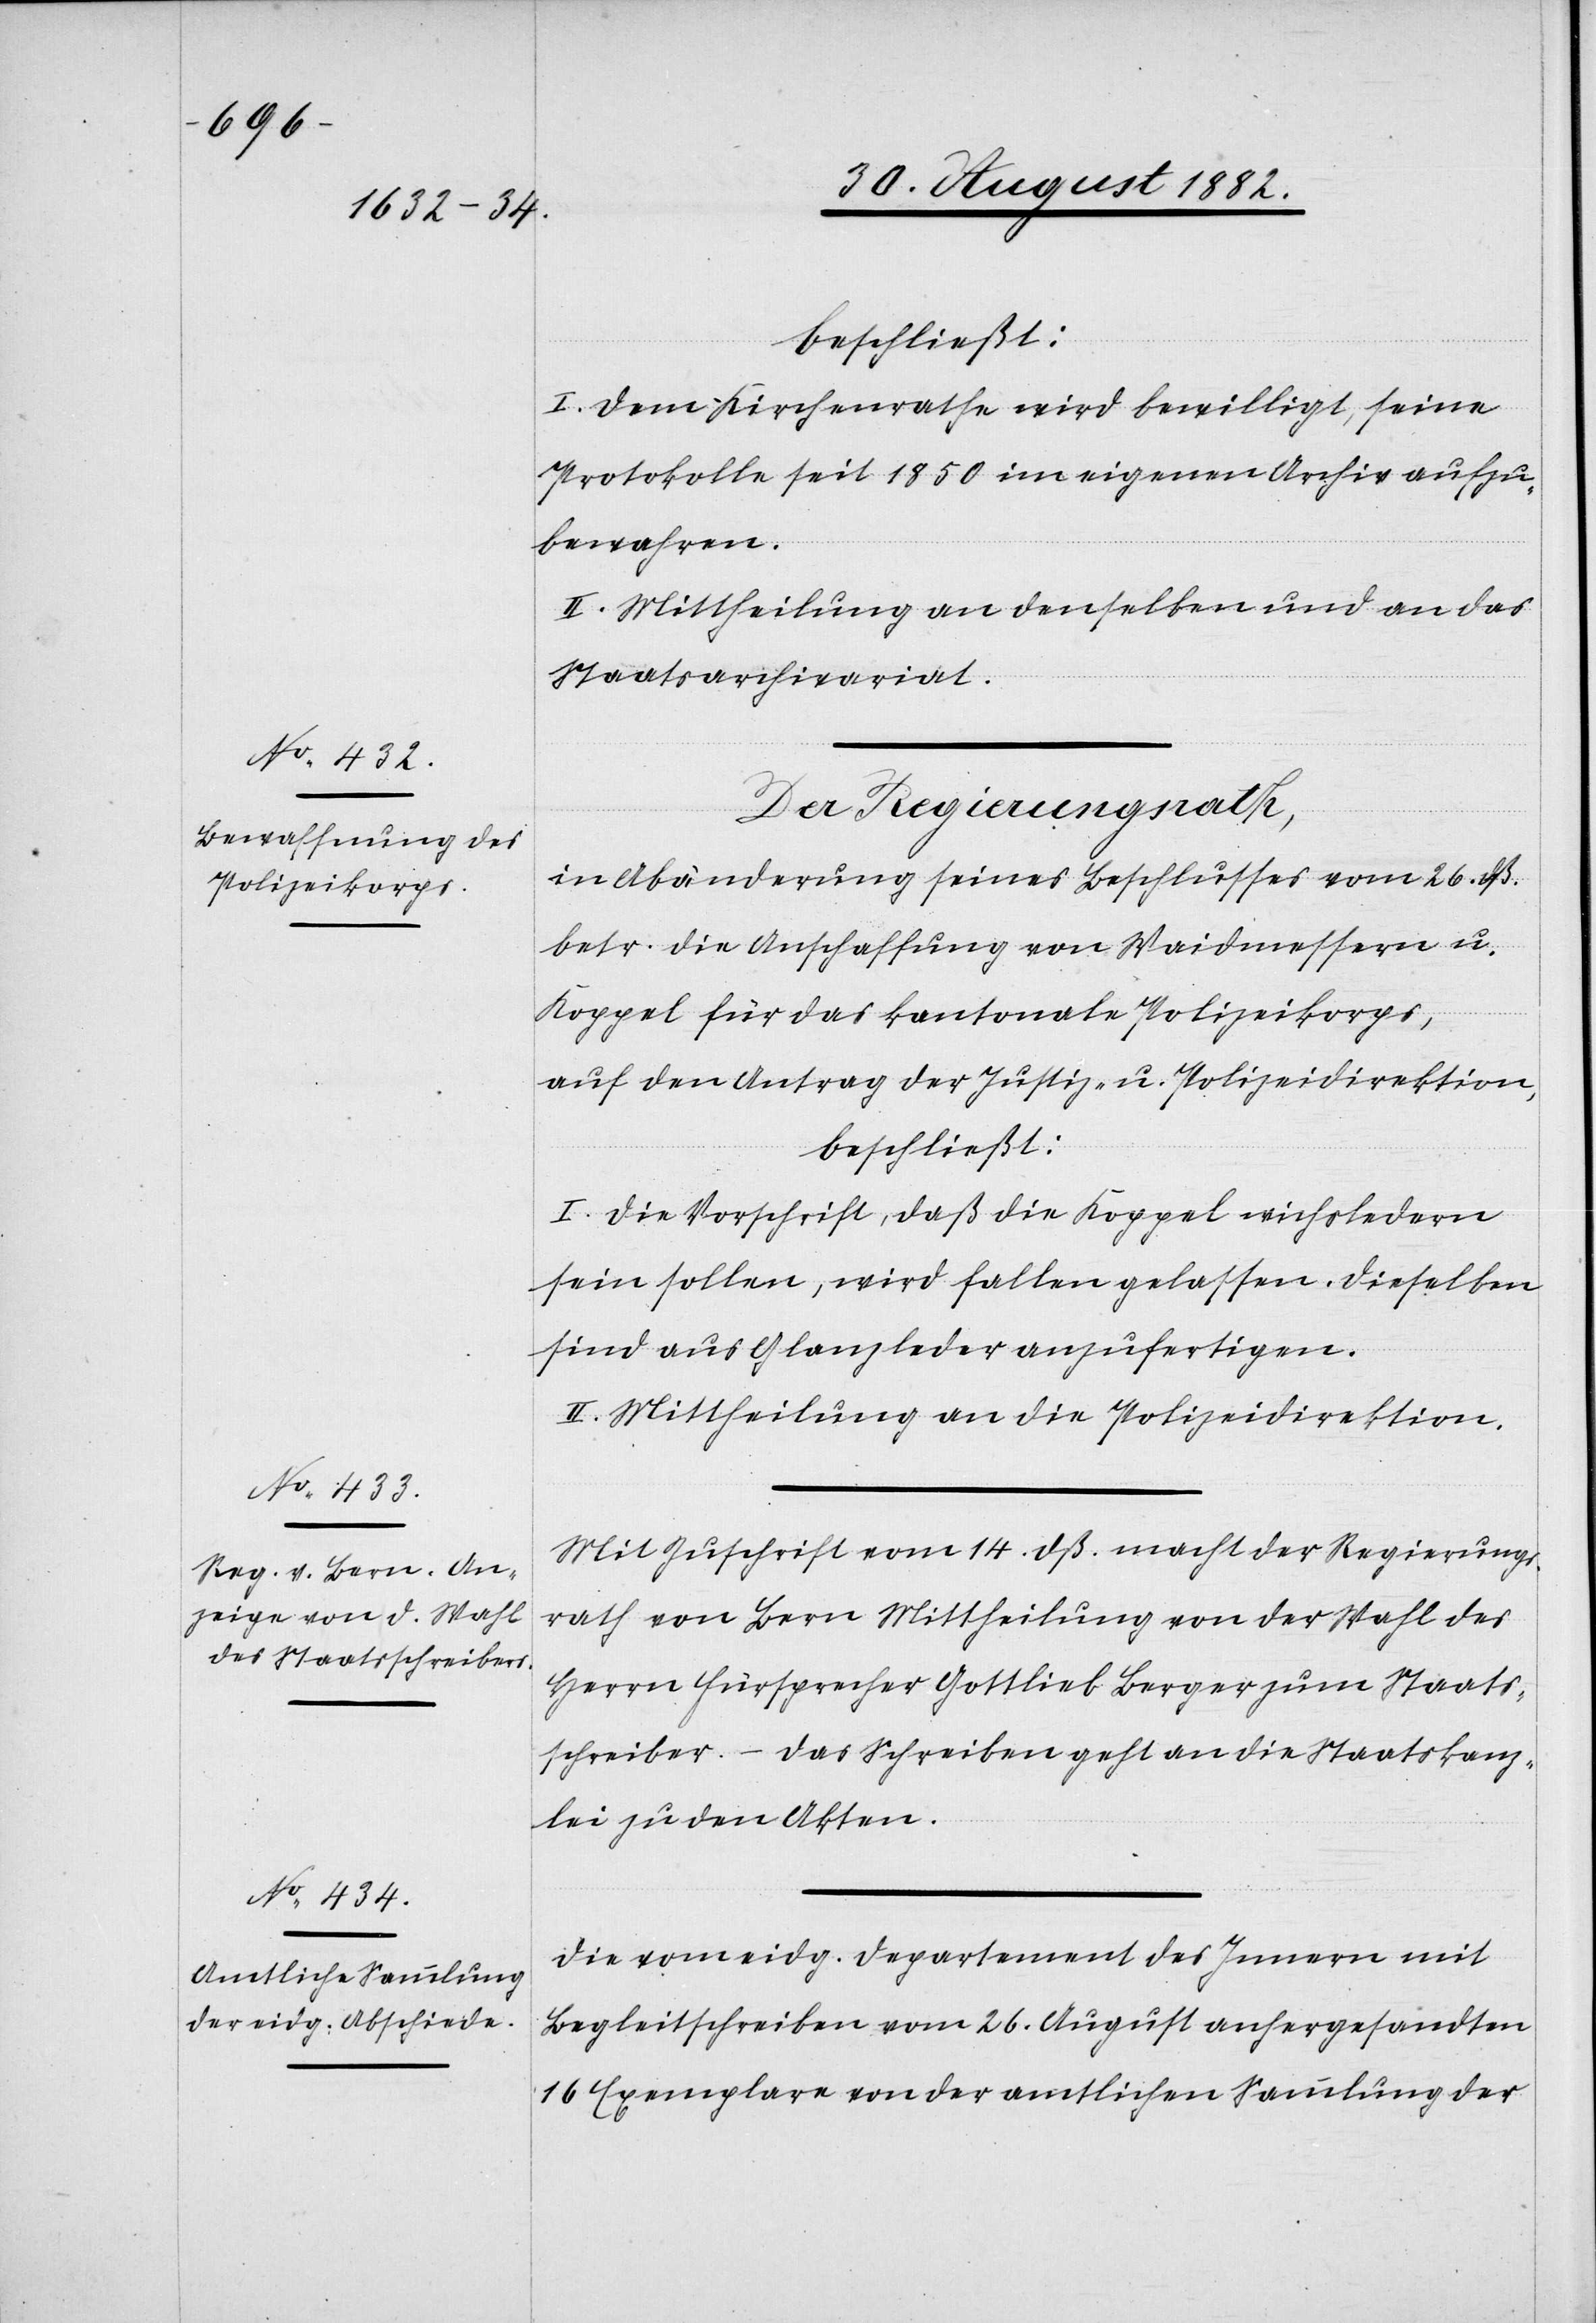
beschließt:
I. Dem Kirchenrathe wird bewilligt, seine
Protokolle seit 1850 im eigenen Archiv aufzu¬
bewahren.
II. Mittheilung an denselben und an das
Staatsarchivariat.
Der Regierungsrath,
in Abänderung seines Beschlusses vom 26. dß.
betr. die Anschaffung von Waidmessern u.
Koppel für das kantonale Polizeikorps,
auf den Antrag der Justiz- & Polizeidirektion,
beschließt:
I. Die Vorschrift, daß die Koppel wichsledern
sein sollen, wird fallen gelassen. Dieselben
sind aus Glanzleder anzufertigen.
II. Mittheilung an die Polizeidirektion.
Mit Zuschrift vom 14. dß. macht der Regierungs¬
rath von Bern Mittheilung von der Wahl des
Herrn Fürsprech Gottlieb Berger zum Staats¬
schreiber. – Das Schreiben geht an die Staatskanz¬
lei zu den Akten.
Die vom eidg. Departement des Innern mit
Begleitschreiben vom 26. August anhergesandten
16 Exemplare von der amtlichen Sammlung der